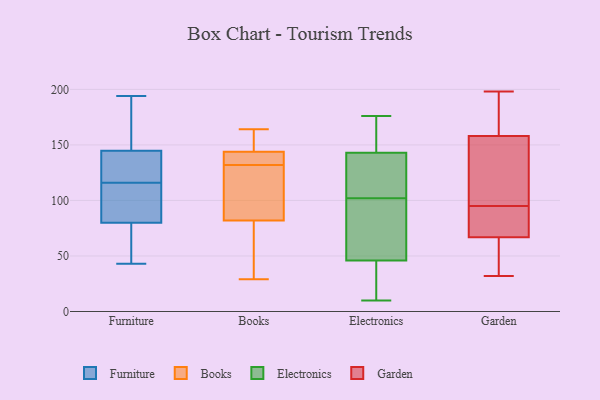
{"axis": {"x": "Revenue (USD Million)", "y": "Value"}, "legend": ["Books", "Electronics", "Furniture", "Garden"], "data": [{"x": "", "y": 81, "type": "Furniture"}, {"x": "", "y": 46, "type": "Furniture"}, {"x": "", "y": 102, "type": "Furniture"}, {"x": "", "y": 112, "type": "Furniture"}, {"x": "", "y": 43, "type": "Furniture"}, {"x": "", "y": 77, "type": "Furniture"}, {"x": "", "y": 187, "type": "Furniture"}, {"x": "", "y": 131, "type": "Furniture"}, {"x": "", "y": 194, "type": "Furniture"}, {"x": "", "y": 123, "type": "Furniture"}, {"x": "", "y": 119, "type": "Furniture"}, {"x": "", "y": 186, "type": "Furniture"}, {"x": "", "y": 116, "type": "Furniture"}, {"x": "", "y": 81, "type": "Books"}, {"x": "", "y": 85, "type": "Books"}, {"x": "", "y": 29, "type": "Books"}, {"x": "", "y": 143, "type": "Books"}, {"x": "", "y": 33, "type": "Books"}, {"x": "", "y": 140, "type": "Books"}, {"x": "", "y": 164, "type": "Books"}, {"x": "", "y": 152, "type": "Books"}, {"x": "", "y": 144, "type": "Books"}, {"x": "", "y": 132, "type": "Books"}, {"x": "", "y": 112, "type": "Books"}, {"x": "", "y": 88, "type": "Electronics"}, {"x": "", "y": 143, "type": "Electronics"}, {"x": "", "y": 32, "type": "Electronics"}, {"x": "", "y": 138, "type": "Electronics"}, {"x": "", "y": 102, "type": "Electronics"}, {"x": "", "y": 102, "type": "Electronics"}, {"x": "", "y": 46, "type": "Electronics"}, {"x": "", "y": 10, "type": "Electronics"}, {"x": "", "y": 157, "type": "Electronics"}, {"x": "", "y": 176, "type": "Electronics"}, {"x": "", "y": 55, "type": "Garden"}, {"x": "", "y": 53, "type": "Garden"}, {"x": "", "y": 32, "type": "Garden"}, {"x": "", "y": 198, "type": "Garden"}, {"x": "", "y": 61, "type": "Garden"}, {"x": "", "y": 119, "type": "Garden"}, {"x": "", "y": 86, "type": "Garden"}, {"x": "", "y": 185, "type": "Garden"}, {"x": "", "y": 95, "type": "Garden"}, {"x": "", "y": 84, "type": "Garden"}, {"x": "", "y": 91, "type": "Garden"}, {"x": "", "y": 169, "type": "Garden"}, {"x": "", "y": 140, "type": "Garden"}, {"x": "", "y": 99, "type": "Garden"}, {"x": "", "y": 164, "type": "Garden"}]}